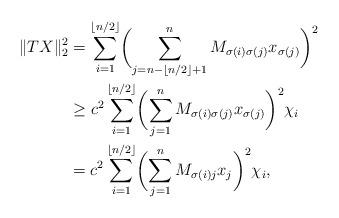
LaTeX: \begin{align*}\|TX\|_2^2&=\sum_{i=1}^{\lfloor n/2\rfloor}\biggl(\sum_{j=n-\lfloor n/2\rfloor+1}^n M_{\sigma(i)\sigma(j)}x_{\sigma(j)}\biggr)^2\\&\geq c^2\sum_{i=1}^{\lfloor n/2\rfloor}\biggl(\sum_{j=1}^n M_{\sigma(i)\sigma(j)}x_{\sigma(j)}\biggr)^2\chi_i\\&= c^2\sum_{i=1}^{\lfloor n/2\rfloor}\biggl(\sum_{j=1}^n M_{\sigma(i)j}x_{j}\biggr)^2\chi_i,\end{align*}